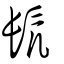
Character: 髠